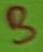
Text: B